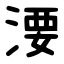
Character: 㴗